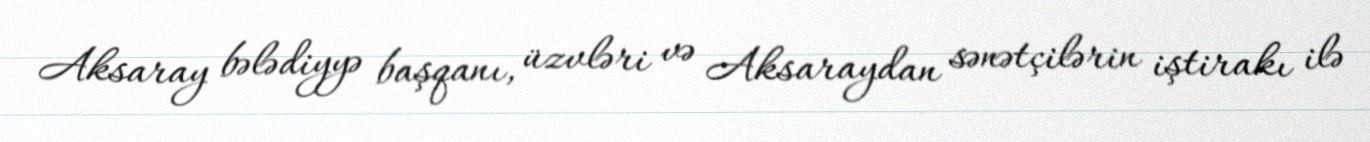
Aksaray bələdiyyə başqanı, üzvləri və Aksaraydan sənətçilərin iştirakı ilə